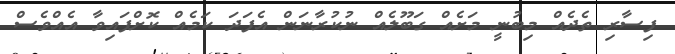
ފިސާރި ތެދެއް މިބުނީ މަށެއް ގަބޫލެއް ނުކުރާނަން އެފަދަ ކަމެއް ކޮށްފައިވާ އެއްވެސް